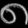
Digit: ၈